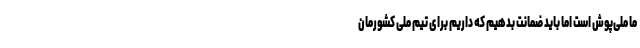
ما ملی‌پوش است اما باید ضمانت بدهیم که داریم برای تیم ملی کشورمان